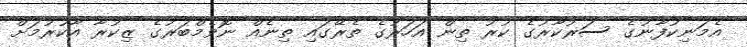
އެމަނިކުފާނުގެ ސަރުކާރުގެ ކުރު ތިން އަހަރުގެ ތެރޭގައި ތިނެއް ނޮވެމްބަރުގެ ޒިކުރާ އާކުރުމަށް